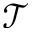
\mathcal { T }